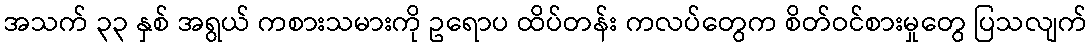
အသက် ၃၃ နှစ် အရွယ် ကစားသမားကို ဥရောပ ထိပ်တန်း ကလပ်တွေက စိတ်ဝင်စားမှုတွေ ပြသလျက်